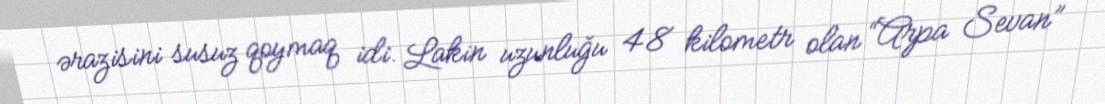
ərazisini susuz qoymaq idi. Lakin uzunluğu 48 kilometr olan “Arpa Sevan”